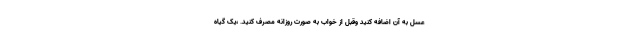
عسل به آن اضافه کنید وقبل از خواب به صورت روزانه مصرف کنید. ،یک گیاه